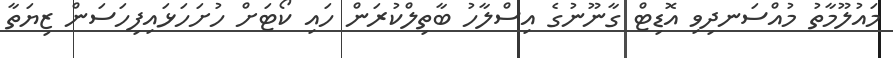
މައުލޫމާތު މުއްސަނދިވި އޮޑިޓް ގާނޫނުގެ އިސްލާހު ބާތިލްކުރަން ހައި ކޯޓަށް ހުށަހަޅައިފިހަސަން ޒިޔަތާ